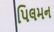
પિલમન